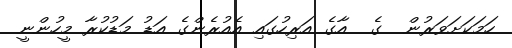
ހަމަކަށަވަރުން  ގެ  އާގެ އަރިހުގައި އެއުރެންގެ އަޑު މަޑުކުރާ މީހުންނީ